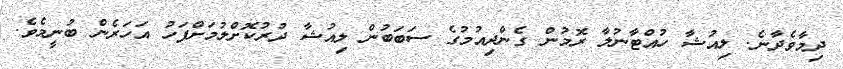
ދިމާވެދާނެ. ލިއުޝާ ހުއްޓާނުލާ ރޮމުން ގެންދިއުމުގެ ސަބަބުން ލިއުޝާ ދުރުކޮށްލުމަށްފަހު އަހަރެން ބުނީމެވެ.